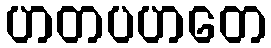
ဟတပဟတေ